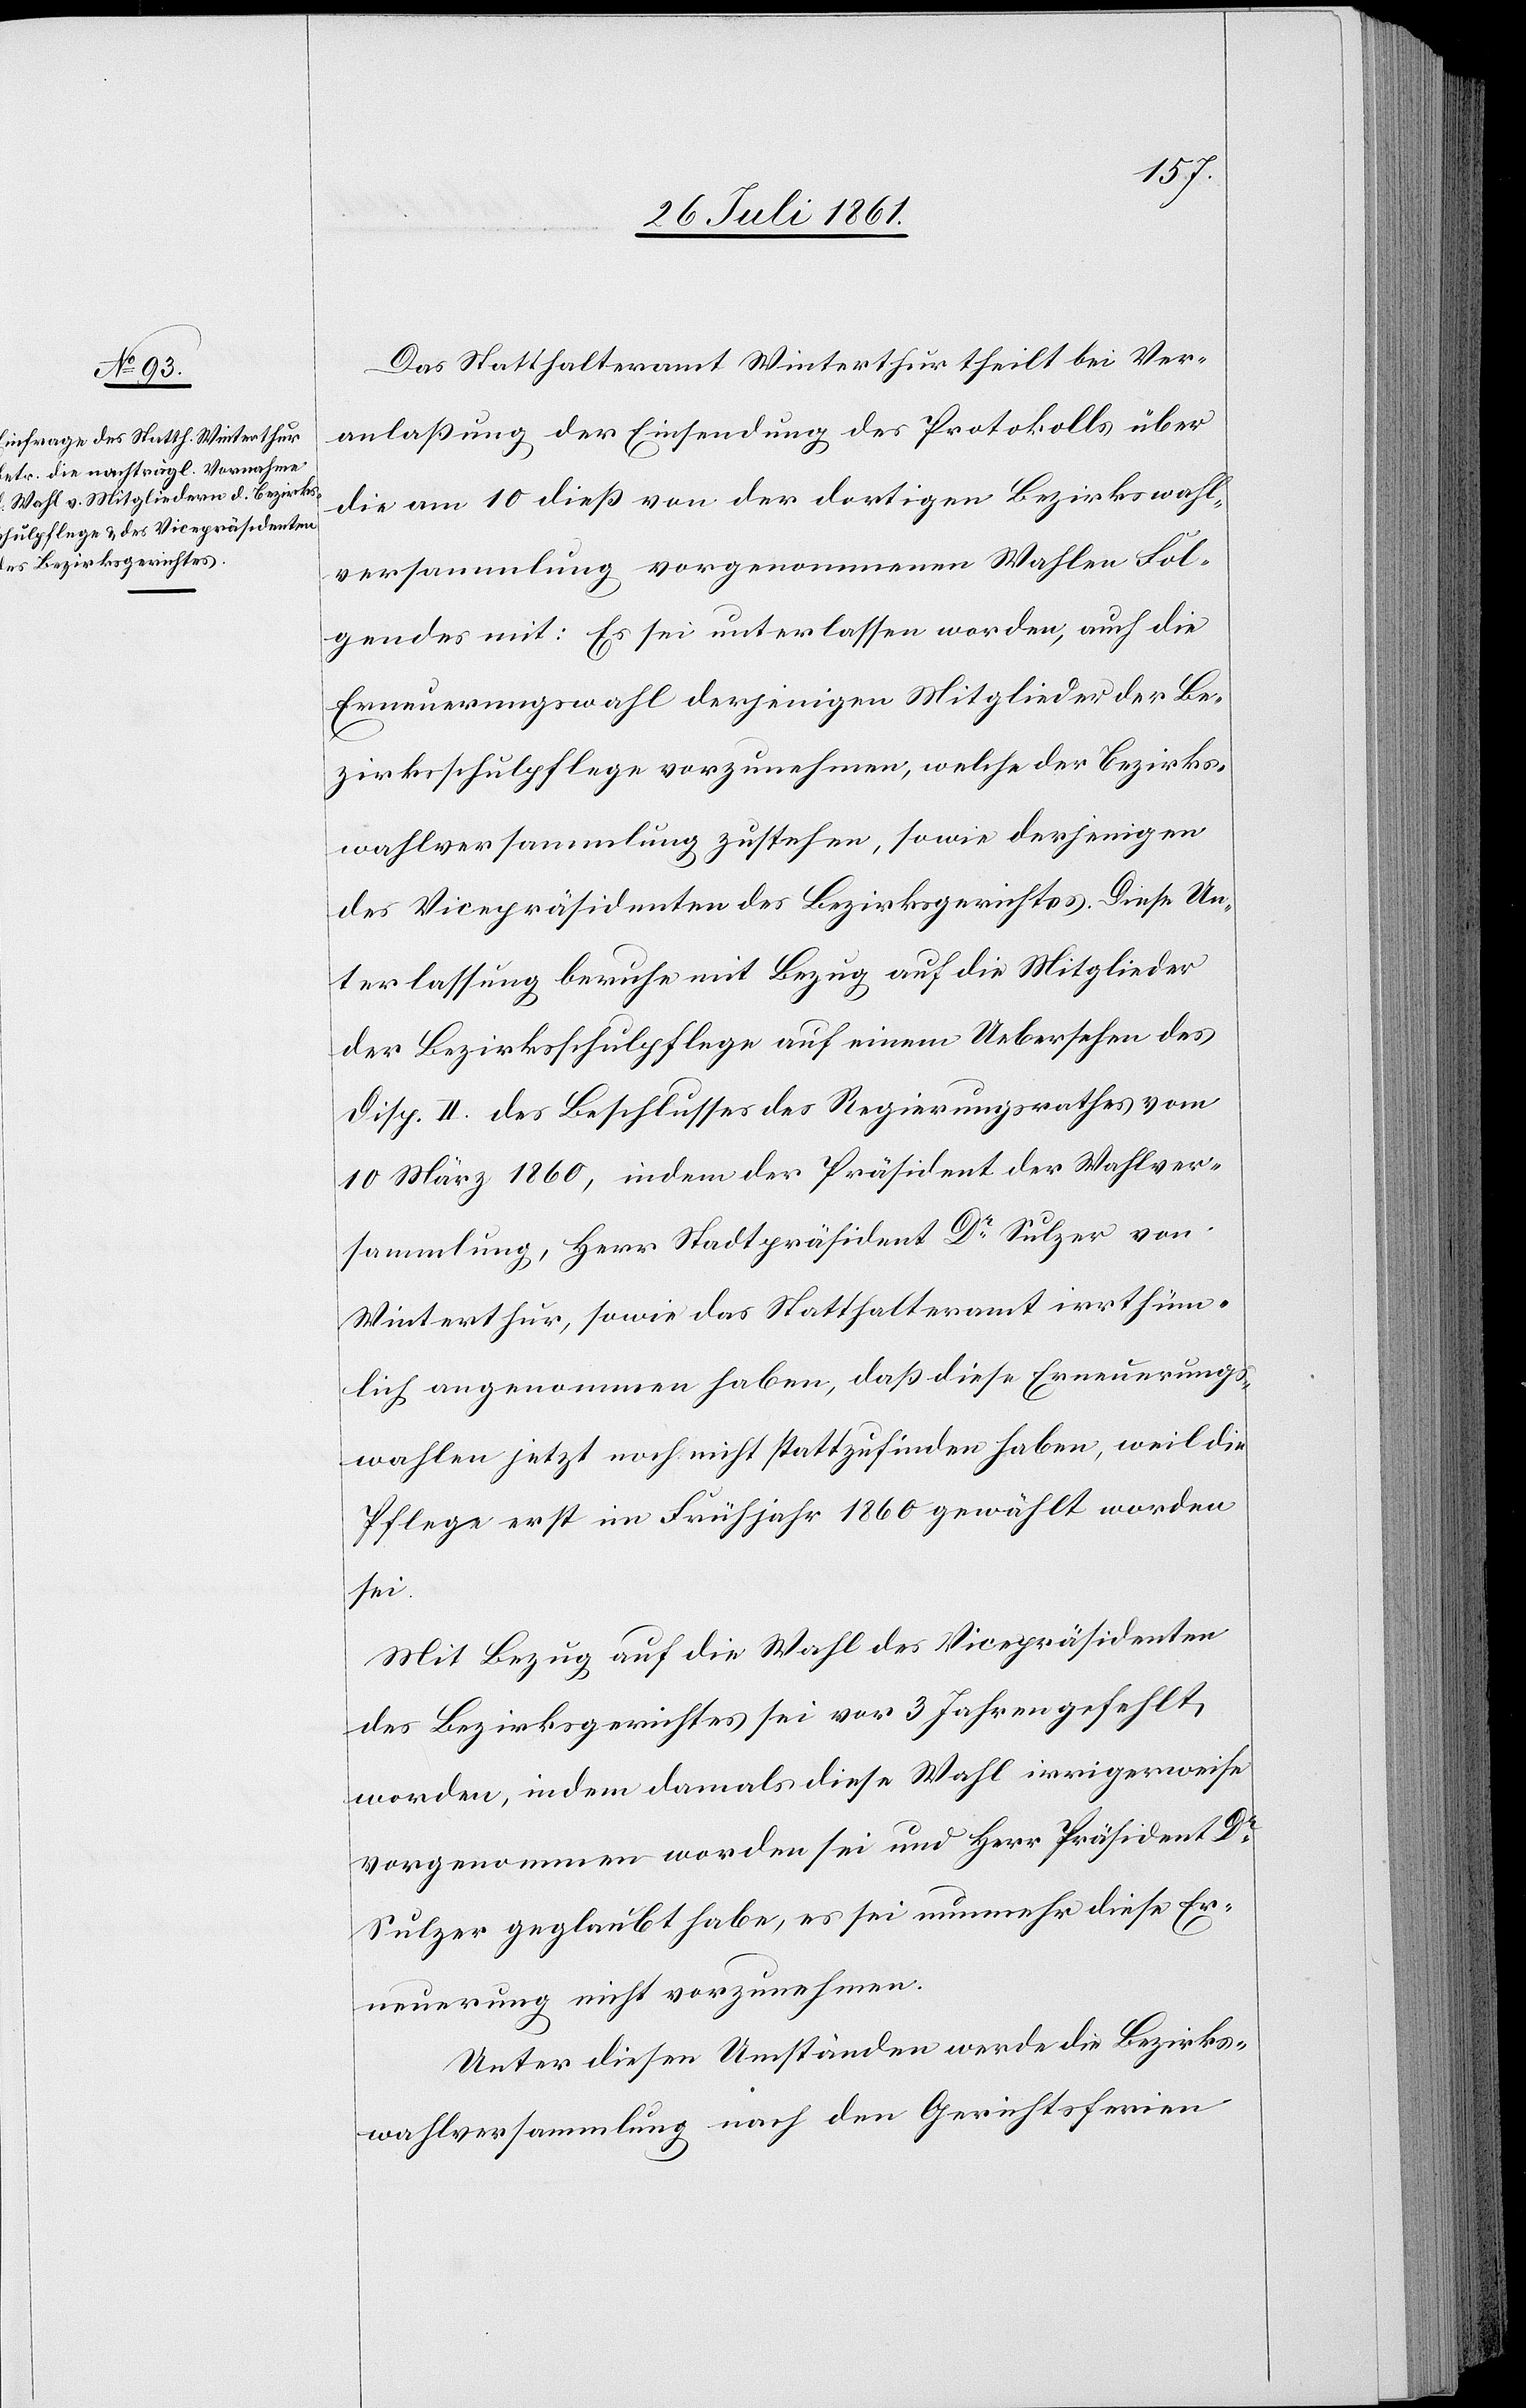
Das Statthalteramt Winterthur theilt bei Ver¬
anlaßung der Einsendung des Protokolls über
die vom 10 dieß von der dortigen Bezirkswahl¬
versammlung vorgenommenen Wahlen Fol¬
gendes mit: Es sei unterlassen worden, auch die
Erneuerungswahl derjenigen Mitglieder der Be¬
zirksschulpflege vorzunehmen, welche der Bezirks¬
wahlversammlung zustehen, sowie derjenigen
des Vicepräsidenten des Bezirksgerichtes. Diese Un¬
terlassung beruhe mit Bezug auf die Mitglieder
der Bezirksschulpflege auf einem Uebersehen des
Disp. II. des Beschlusses des Regierungsrathes vom
10 März 1860, indem der Präsident der Wahlver¬
sammlung, Herr Stadtpräsident Dr Sulzer von
Winterthur, sowie das Statthalteramt irrthüm¬
lich angenommen haben, daß diese Erneuerungs¬
wahlen jetzt noch nicht stattzufinden haben, weil die
Pflege erst im Frühjahr 1860 gewählt worden
sei.
Mit Bezug auf die Wahl des Vicepräsidenten
des Bezirksgerichtes sei vor 3 Jahren gefehlt
worden, indem damals diese Wahl irrigerweise
vorgenommen worden sei und Herr Präsident Dr
Sulzer geglaubt habe, es sei nunmehr diese Er¬
neuerung nicht vorzunehmen.
Unter diesen Umständen werde die Bezirks¬
wahlversammlung nach den Gerichtsferien